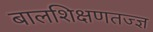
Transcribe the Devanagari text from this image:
बालशिक्षणतज्ज्ञ